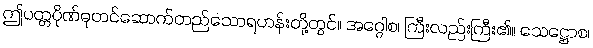
ဤပတ္တပိုဏ်ဓုတင်ဆောက်တည်သောရဟန်းတို့တွင်။ အဂ္ဂေါစ၊ ကြီးလည်းကြီး၏။ သေဋ္ဌောစ၊